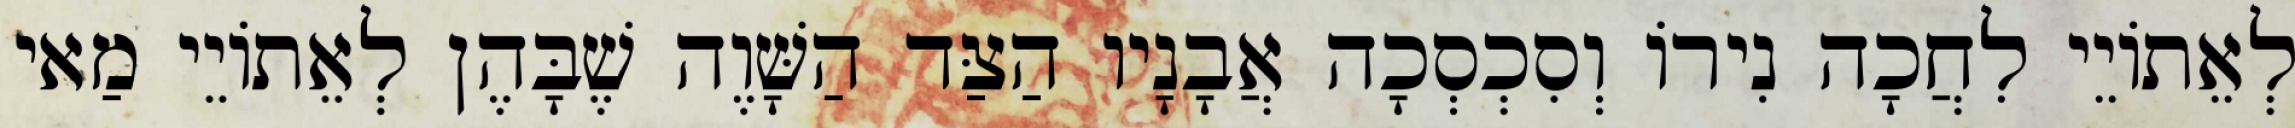
לְאֵתוֹיֵי לִחֲכָה נִירוֹ וְסִכְסְכָה אֲבָנָיו הַצַּד הַשָּׁוֶה שֶׁבָּהֶן לְאֵתוֹיֵי מַאי